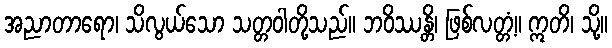
အညာတာရော၊ သိလွယ်သော သတ္တဝါတို့သည်။ ဘဝိဿန္တိ၊ ဖြစ်လတ္တံ့။ ဣတိ၊ သို့။